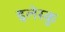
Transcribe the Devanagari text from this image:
इलेस्कु